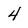
Character: 4